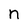
Character: n